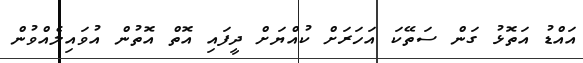
އައްޑު އަތޮޅު ގަން ސަތޭކަ އަހަރަށް ކުއްޔަށް ދީފައި އޮތް އޮތުން އުވައިލެއްވުން